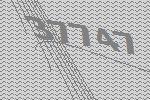
37747